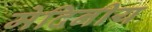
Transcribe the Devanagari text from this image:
मेदिनीय